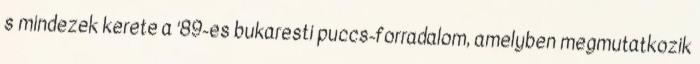
s mindezek kerete a ’89-es bukaresti puccs-forradalom, amelyben megmutatkozik